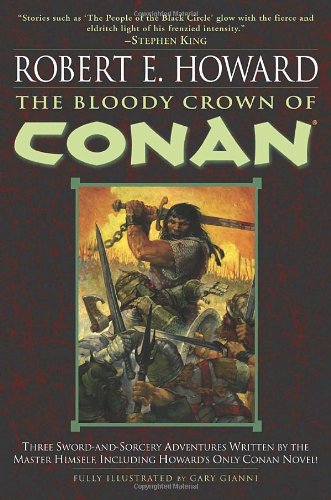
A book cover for The Bloody Crown of Conan (Conan of Cimmeria, Book 2); Robert E. Howard; Science Fiction & Fantasy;